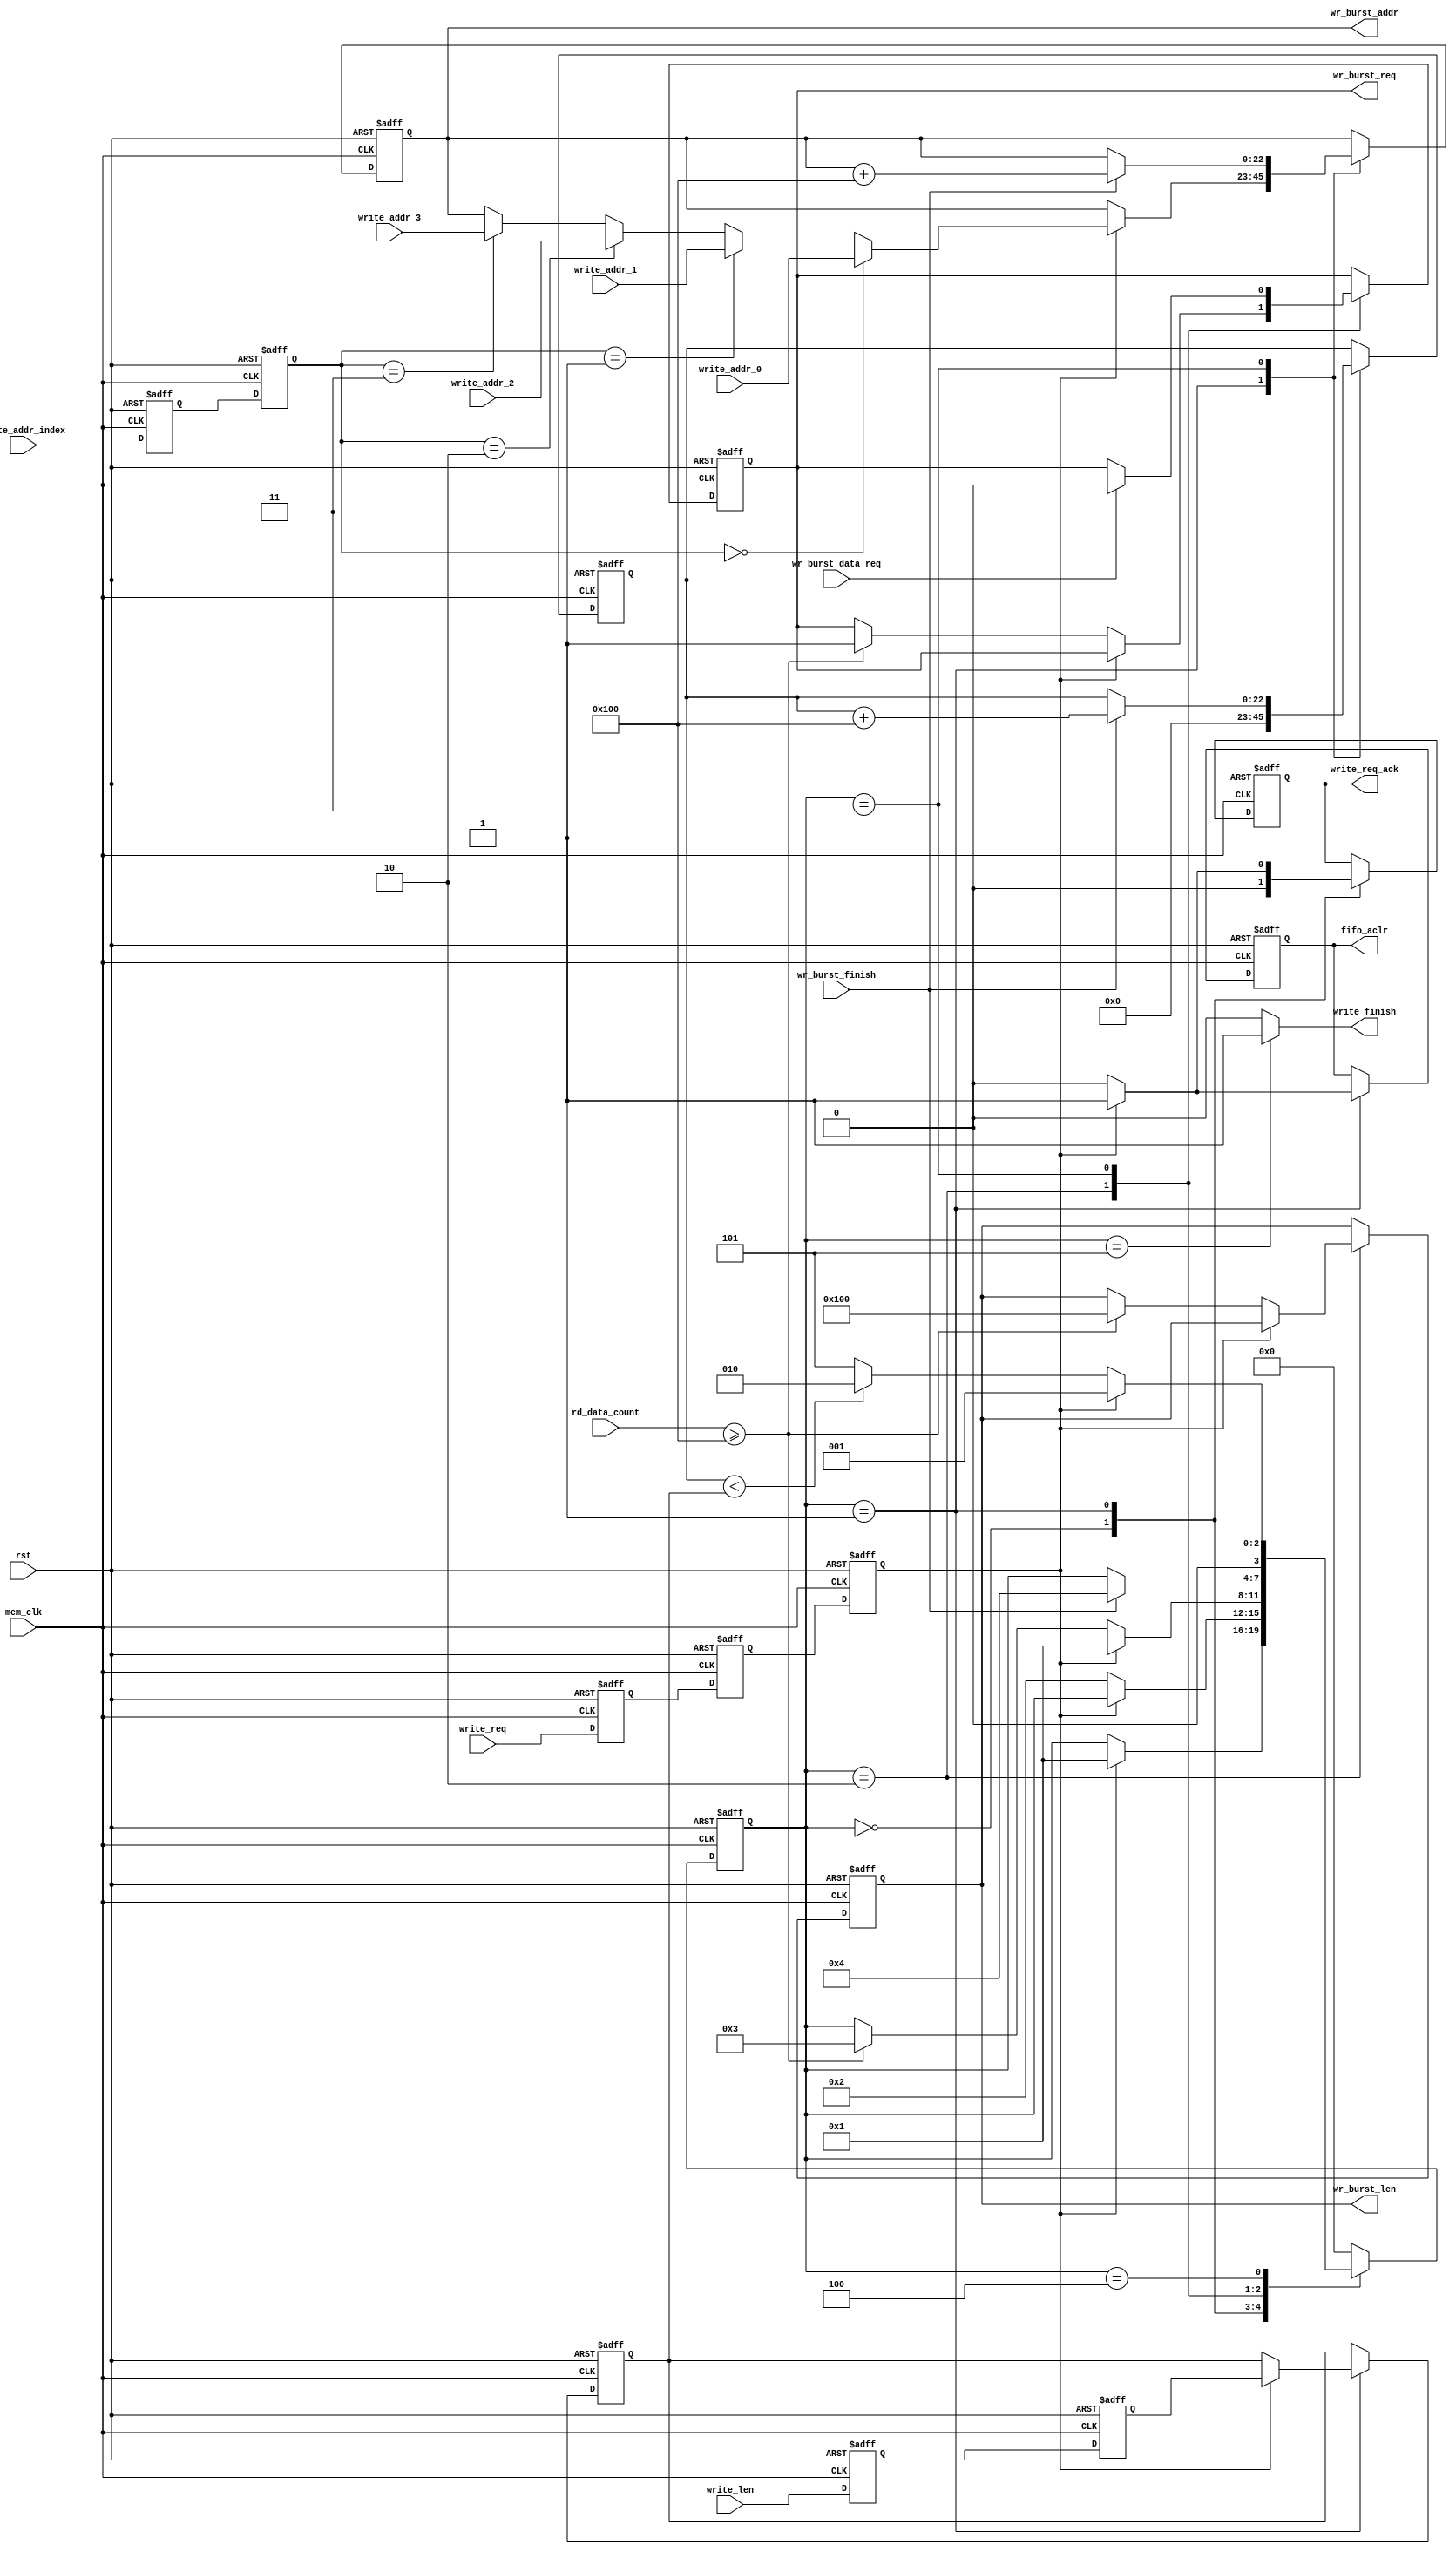
`timescale 1ns / 1ps
//////////////////////////////////////////////////////////////////////////////////
// Company: 
// Engineer: 
// 
// Design Name: 
// Module Name:     
// Project Name: 
// Target Devices: 
// Tool versions: 
// Description: 
//
// Dependencies: 
//
// Revision: 
// Revision 0.01 - File Created
// Additional Comments: 
//
//////////////////////////////////////////////////////////////////////////////////

`timescale 1ns/1ps
module frame_fifo_write
#
(
	parameter MEM_DATA_BITS          = 32,
	parameter ADDR_BITS              = 23,
	parameter BUSRT_BITS             = 10,
	parameter BURST_SIZE             = 256
)               
(
	input                            rst,                  
	input                            mem_clk,                    // external memory controller user interface clock
	output reg                       wr_burst_req,               // to external memory controller,send out a burst write request  
	output reg[BUSRT_BITS - 1:0]     wr_burst_len,               // to external memory controller,data length of the burst write request, not bytes 
	output reg[ADDR_BITS - 1:0]      wr_burst_addr,              // to external memory controller,base address of the burst write request 
	input                            wr_burst_data_req,          // from external memory controller,write data request ,before data 1 clock 
	input                            wr_burst_finish,            // from external memory controller,burst write finish
	input                            write_req,                  // data write module write request,keep '1' until read_req_ack = '1'
	output reg                       write_req_ack,              // data write module write request response
	output                           write_finish,               // data write module write request finish
	input[ADDR_BITS - 1:0]           write_addr_0,               // data write module write request base address 0, used when write_addr_index = 0
	input[ADDR_BITS - 1:0]           write_addr_1,               // data write module write request base address 1, used when write_addr_index = 1
	input[ADDR_BITS - 1:0]           write_addr_2,               // data write module write request base address 1, used when write_addr_index = 2
	input[ADDR_BITS - 1:0]           write_addr_3,               // data write module write request base address 1, used when write_addr_index = 3
	input[1:0]                       write_addr_index,           // select valid base address from write_addr_0 write_addr_1 write_addr_2 write_addr_3
	input[ADDR_BITS - 1:0]           write_len,                  // data write module write request data length
	output reg                       fifo_aclr,                  // to fifo asynchronous clear
	input[15:0]                      rd_data_count                     // from fifo read used words
);
localparam ONE                       = 256'd1;                   //256 bit '1'   you can use ONE[n-1:0] for n bit '1'
localparam ZERO                      = 256'd0;                   //256 bit '0'
//write state machine code
localparam S_IDLE                    = 0;                        //idle state,waiting for write
localparam S_ACK                     = 1;                        //written request response
localparam S_CHECK_FIFO              = 2;                        //check the FIFO status, ensure that there is enough space to burst write
localparam S_WRITE_BURST             = 3;                        //begin a burst write
localparam S_WRITE_BURST_END         = 4;                        //a burst write complete
localparam S_END                     = 5;                        //a frame of data is written to complete

reg                                 write_req_d0;                //asynchronous write request, synchronize to 'mem_clk' clock domain,first beat
reg                                 write_req_d1;                //the second
reg                                 write_req_d2;                //third,Why do you need 3 ? Here's the design habit
reg[ADDR_BITS - 1:0]                write_len_d0;                //asynchronous write_len(write data length), synchronize to 'mem_clk' clock domain first
reg[ADDR_BITS - 1:0]                write_len_d1;                //second
reg[ADDR_BITS - 1:0]                write_len_latch;             //lock write data length
reg[ADDR_BITS - 1:0]                write_cnt;                   //write data counter
reg[1:0]                            write_addr_index_d0;
reg[1:0]                            write_addr_index_d1;
reg[3:0]                            state;                       //state machine

assign write_finish = (state == S_END) ? 1'b1 : 1'b0;            //write finish at state 'S_END'
always@(posedge mem_clk or posedge rst)
begin
	if(rst == 1'b1)
	begin
		write_req_d0    <=  1'b0;
		write_req_d1    <=  1'b0;
		write_req_d2    <=  1'b0;
		write_len_d0    <=  ZERO[ADDR_BITS - 1:0];              //equivalent to write_len_d0 <= 0;
		write_len_d1    <=  ZERO[ADDR_BITS - 1:0];              //equivalent to write_len_d1 <= 0;
		write_addr_index_d0    <=  2'b00;
		write_addr_index_d1    <=  2'b00;
	end
	else
	begin
		write_req_d0    <=  write_req;
		write_req_d1    <=  write_req_d0;
		write_req_d2    <=  write_req_d1;
		write_len_d0    <=  write_len;
		write_len_d1    <=  write_len_d0;
		write_addr_index_d0 <= write_addr_index;
		write_addr_index_d1 <= write_addr_index_d0;
	end 
end


always@(posedge mem_clk or posedge rst)
begin
	if(rst == 1'b1)
	begin
		state <= S_IDLE;
		write_len_latch <= ZERO[ADDR_BITS - 1:0];
		wr_burst_addr <= ZERO[ADDR_BITS - 1:0];
		wr_burst_req <= 1'b0;
		write_cnt <= ZERO[ADDR_BITS - 1:0];
		fifo_aclr <= 1'b0;
		write_req_ack <= 1'b0;
		wr_burst_len <= ZERO[BUSRT_BITS - 1:0];
	end
	else
		case(state)
			//idle state,waiting for write write_req_d2 == '1' goto the 'S_ACK'
			S_IDLE:
			begin
				if(write_req_d2 == 1'b1)
				begin
					state <= S_ACK;
				end
				write_req_ack <= 1'b0;
			end
			//'S_ACK' state completes the write request response, the FIFO reset, the address latch, and the data length latch
			S_ACK:
			begin
				//after write request revocation(write_req_d2 == '0'),goto 'S_CHECK_FIFO',write_req_ack goto '0'
				if(write_req_d2 == 1'b0)
				begin
					state <= S_CHECK_FIFO;
					fifo_aclr <= 1'b0;
					write_req_ack <= 1'b0;
				end
				else
				begin
					//write request response
					write_req_ack <= 1'b1;
					//FIFO reset
					fifo_aclr <= 1'b1;
					//select valid base address from write_addr_0 write_addr_1 write_addr_2 write_addr_3
					if(write_addr_index_d1 == 2'd0)
						wr_burst_addr <= write_addr_0;
					else if(write_addr_index_d1 == 2'd1)
						wr_burst_addr <= write_addr_1;
					else if(write_addr_index_d1 == 2'd2)
						wr_burst_addr <= write_addr_2;
					else if(write_addr_index_d1 == 2'd3)
						wr_burst_addr <= write_addr_3;
					//latch data length
					write_len_latch <= write_len_d1;                    
				end
				//write data counter reset, write_cnt <= 0;
				write_cnt <= ZERO[ADDR_BITS - 1:0];
			end
			S_CHECK_FIFO:
			begin
				//if there is a write request at this time, enter the 'S_ACK' state
				if(write_req_d2 == 1'b1)
				begin
					state <= S_ACK;
				end
				//if the FIFO space is a burst write request, goto burst write state
				else if(rd_data_count >= BURST_SIZE)
				begin
					state <= S_WRITE_BURST;
					wr_burst_len <= BURST_SIZE[BUSRT_BITS - 1:0];
					wr_burst_req <= 1'b1;
				end
			end
			
			S_WRITE_BURST:
			begin
				if(wr_burst_data_req == 1'b1)
					wr_burst_req <= 1'b0;
				//burst finish
				if(wr_burst_finish == 1'b1)
				begin
					state <= S_WRITE_BURST_END;
					//write counter + burst length
					write_cnt <= write_cnt + BURST_SIZE[ADDR_BITS - 1:0];
					//the next burst write address is generated
					wr_burst_addr <= wr_burst_addr + BURST_SIZE[ADDR_BITS - 1:0];
				end     
			end
			S_WRITE_BURST_END:
			begin
				//if there is a write request at this time, enter the 'S_ACK' state
				if(write_req_d2 == 1'b1)
				begin
					state <= S_ACK;
				end
				//if the write counter value is less than the frame length, continue writing,
				//otherwise the writing is complete
				else if(write_cnt < write_len_latch)
				begin
					state <= S_CHECK_FIFO;
				end
				else
				begin
					state <= S_END;
				end
			end
			S_END:
			begin
				state <= S_IDLE;
			end
			default:
				state <= S_IDLE;
		endcase
end
endmodule